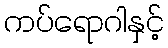
ကပ်ရောဂါနှင့်